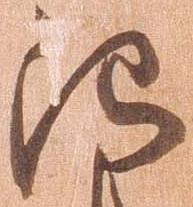
治